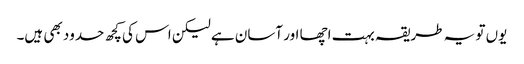
یوں تو یہ طریقہ بہت اچھا اور آسان ہے لیکن اس کی کچھ حدود بھی ہیں۔